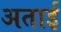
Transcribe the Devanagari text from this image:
अताई